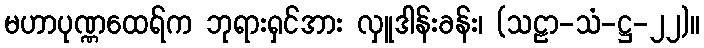
မဟာပုဏ္ဏထေရ်က ဘုရားရှင်အား လှူဒါန်းခန်း၊ (သဠာ-သံ-ဋ္ဌ-၂၂)။